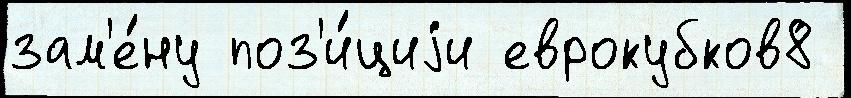
зам'е́ну поз'и́циjи еврокубков8